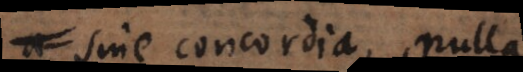
sine concordia, nulla